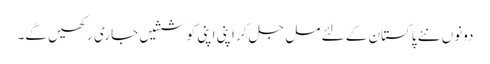
دونوں نئے پاکستان کے لئے مل جل کر اپنی اپنی کوششیں جاری رکھیں گے۔